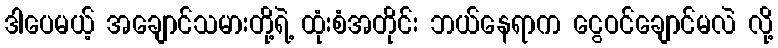
ဒါပေမယ့် အချောင်သမားတို့ရဲ့ ထုံးစံအတိုင်း ဘယ်နေရာက ငွေဝင်ချောင်မလဲ လို့